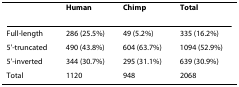
<table><thead><tr><td></td><td><b>Human</b></td><td><b>Chimp</b></td><td><b>Total</b></td></tr></thead><tbody><tr><td>Full-length</td><td>286 (25.5%)</td><td>49 (5.2%)</td><td>335 (16.2%)</td></tr><tr><td>5&#x27;-truncated</td><td>490 (43.8%)</td><td>604 (63.7%)</td><td>1094 (52.9%)</td></tr><tr><td>5&#x27;-inverted</td><td>344 (30.7%)</td><td>295 (31.1%)</td><td>639 (30.9%)</td></tr><tr><td>Total</td><td>1120</td><td>948</td><td>2068</td></tr></tbody></table>